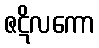
ဇဋိလကော